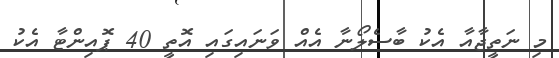
މި ނަތީޖާއާ އެކު ބާސެލޯނާ އެއް ވަނައިގައި އޮތީ 40 ޕޮއިންޓާ އެކު